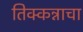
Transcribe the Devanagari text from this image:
तिक्कन्नाचा